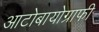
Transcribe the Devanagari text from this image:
आटोबायोग्राफी